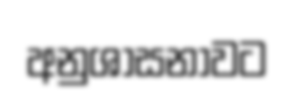
අනුශාසනාවට